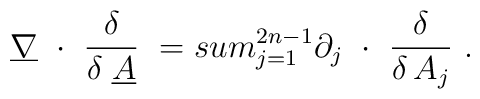
\underline{\nabla}~\cdot~\frac{\delta}{\delta\;\underline{A}} \ = \\sum_{j=1}^{2n-1} \partial_j~\cdot~\frac{\delta}{\delta\, A_j} \ .